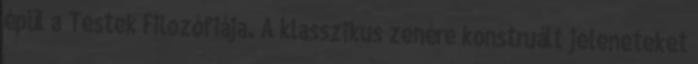
épül a Testek Filozófiája. A klasszikus zenére konstruált jeleneteket